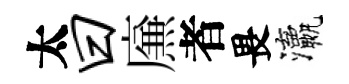
太曰㢘者畏瀛